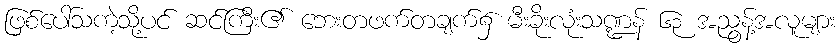
ဖြစ်ပေါ်သကဲ့သို့ပင် ဆင်ကြီး၏ ဘေးတဖက်တချက်၌ မီးခိုးလုံးသဏ္ဍန် ၆၃ အညွန့်အလူများ